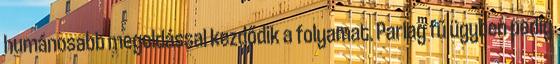
humánosabb megoldással kezdődik a folyamat. Parlag fű ügyben pedig